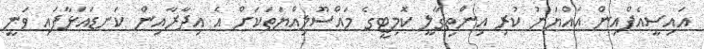
އައިސީއެފްއިން އައްޔަނު ކުރި އިންތިގާލީ ކޮމިޓީގެ މައްސޫލިއްޔަތަކަށް އެ އިދާރާއިން ކަނޑައަޅާފައި ވަނީ